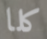
كلا